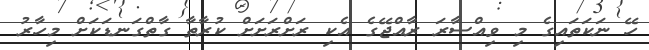
ހޭ ނަކަތައިގެ މި ވިއްސާރަ ރާއްޖޭގެ އެކި ރަށްރަށަށް ކުރާތާ ގާތްގަނޑަކަށް މިހާރު